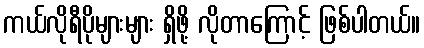
ကယ်လိုရီပိုများများ ရှိဖို့ လိုတာကြောင့် ဖြစ်ပါတယ်။